Some observations on the poison of Russell's viper (Daboia russellii) - Number 3
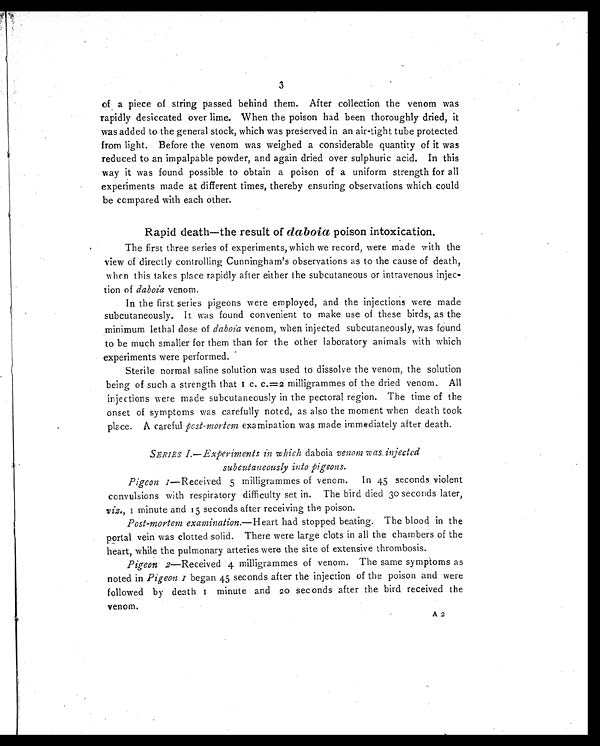
3
of a piece of string passed behind them. After collection the venom was
rapidly desiccated over lime. When the poison had been thoroughly dried, it
was added to the general stock, which was preserved in an air-tight tube protected
from light. Before the venom was weighed a considerable quantity of it was
reduced to an impalpable powder, and again dried over sulphuric acid. In this
way it was found possible to obtain a poison of a uniform strength for all
experiments made at different times, thereby ensuring observations which could
be compared with each other.
Rapid death—the result of daboia. poison intoxication.
T h e f i s r s t t h r e e s e r i e s o f e x p e r i m e n t s , w h i c h w e r e c o r d , w e r e m a d e w i t h t h e
view of directly controlling Cunningham's observations as to the cause of death,
w hen this takes place rapidly after either the subcutaneous or intravenous injec-
tion of daboia venom.
In the first series pigeons were employed, and the injections were made
subcutaneously. It was found convenient to make use of these birds, as the
minimum lethal dose of daboia venom, when injected subcutaneously, was found
to be much smaller for them than for the other laboratory animals with which
experiments were performed.
Sterile normal saline solution was used to dissolve the venom, the solution
being of such a strength that I c. C . =2 milligrammes of the dried venom.All
injections were made subcutaneously in the pectoral region. The time of the
onset of symptoms was carefully noted, as also the moment when death took
place. A careful post-mortem examination was made immediately after death.
SERIES I.—Experiments in which daboia venom was. injected
subcutaneously into pigeons.
Pigeon I —Received 5 milligrammes of venom. In 45 seconds violent
convulsions with respiratory difficulty set in. The bird died 30 seconds later,
viz., I minute and 15 seconds after receiving the poison.
Post-mortem examination.—Heart had stopped beating. The blood in the
portal vein was clotted solid. There were large clots in all the chambers of the
heart, while the pulmonary arteries were the site of extensive thrombosis.
Pigeon 2 —Received 4 milligrammes of venom. The same symptoms as
noted in Pigeon z began 45 seconds after the injection of the poison and were
followed by death r minute and 20 sec onds after the bird received the
venom.
A 2